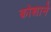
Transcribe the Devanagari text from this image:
कोशाने